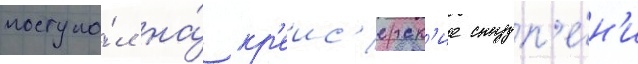
поступа́л на́ кр'еис'ерск'ие ступ'е́н'и